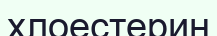
хлоестерин